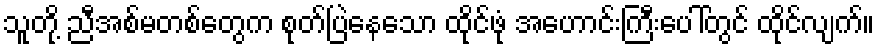
သူတို့ ညီအစ်မတစ်တွေက စုတ်ပြဲနေသော ထိုင်ဖုံ အဟောင်းကြီးပေါ်တွင် ထိုင်လျက်။